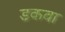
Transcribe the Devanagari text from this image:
डकवा